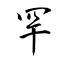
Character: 罕